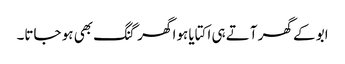
ابو کے گھر آتے ہی اکتایا ہوا گھر گنگ بھی ہو جاتا۔